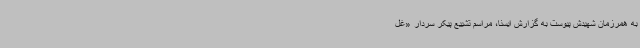
به همرزمان شهیدش پیوست به گزارش ایسنا، مراسم تشییع پیکر سردار «غل